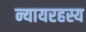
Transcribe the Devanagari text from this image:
न्यायरहस्य